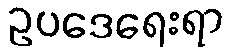
ဥပဒေရေးရာ